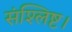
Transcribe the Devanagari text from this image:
संश्लिष्ट।